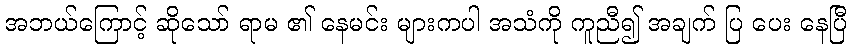
အဘယ်ကြောင့် ဆိုသော် ရာမ ၏ နေမင်း များကပါ အသံကို ကူညီ၍ အချက် ပြ ပေး နေပြီ